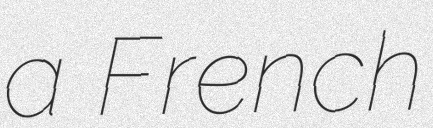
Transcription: a French